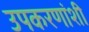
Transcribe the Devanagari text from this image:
उपकरणांशी